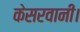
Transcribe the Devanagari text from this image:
केसरवानी।